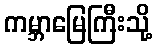
ကမ္ဘာမြေကြီးသို့